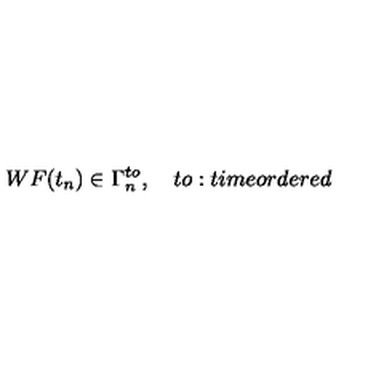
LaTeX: W F ( t _ { n } ) \in \Gamma _ { n } ^ { t o } , \quad t o : t i m e o r d e r e d